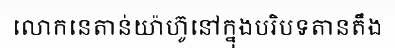
លោកនេតាន់យ៉ាហ៊ូនៅក្នុងបរិបទតានតឹង